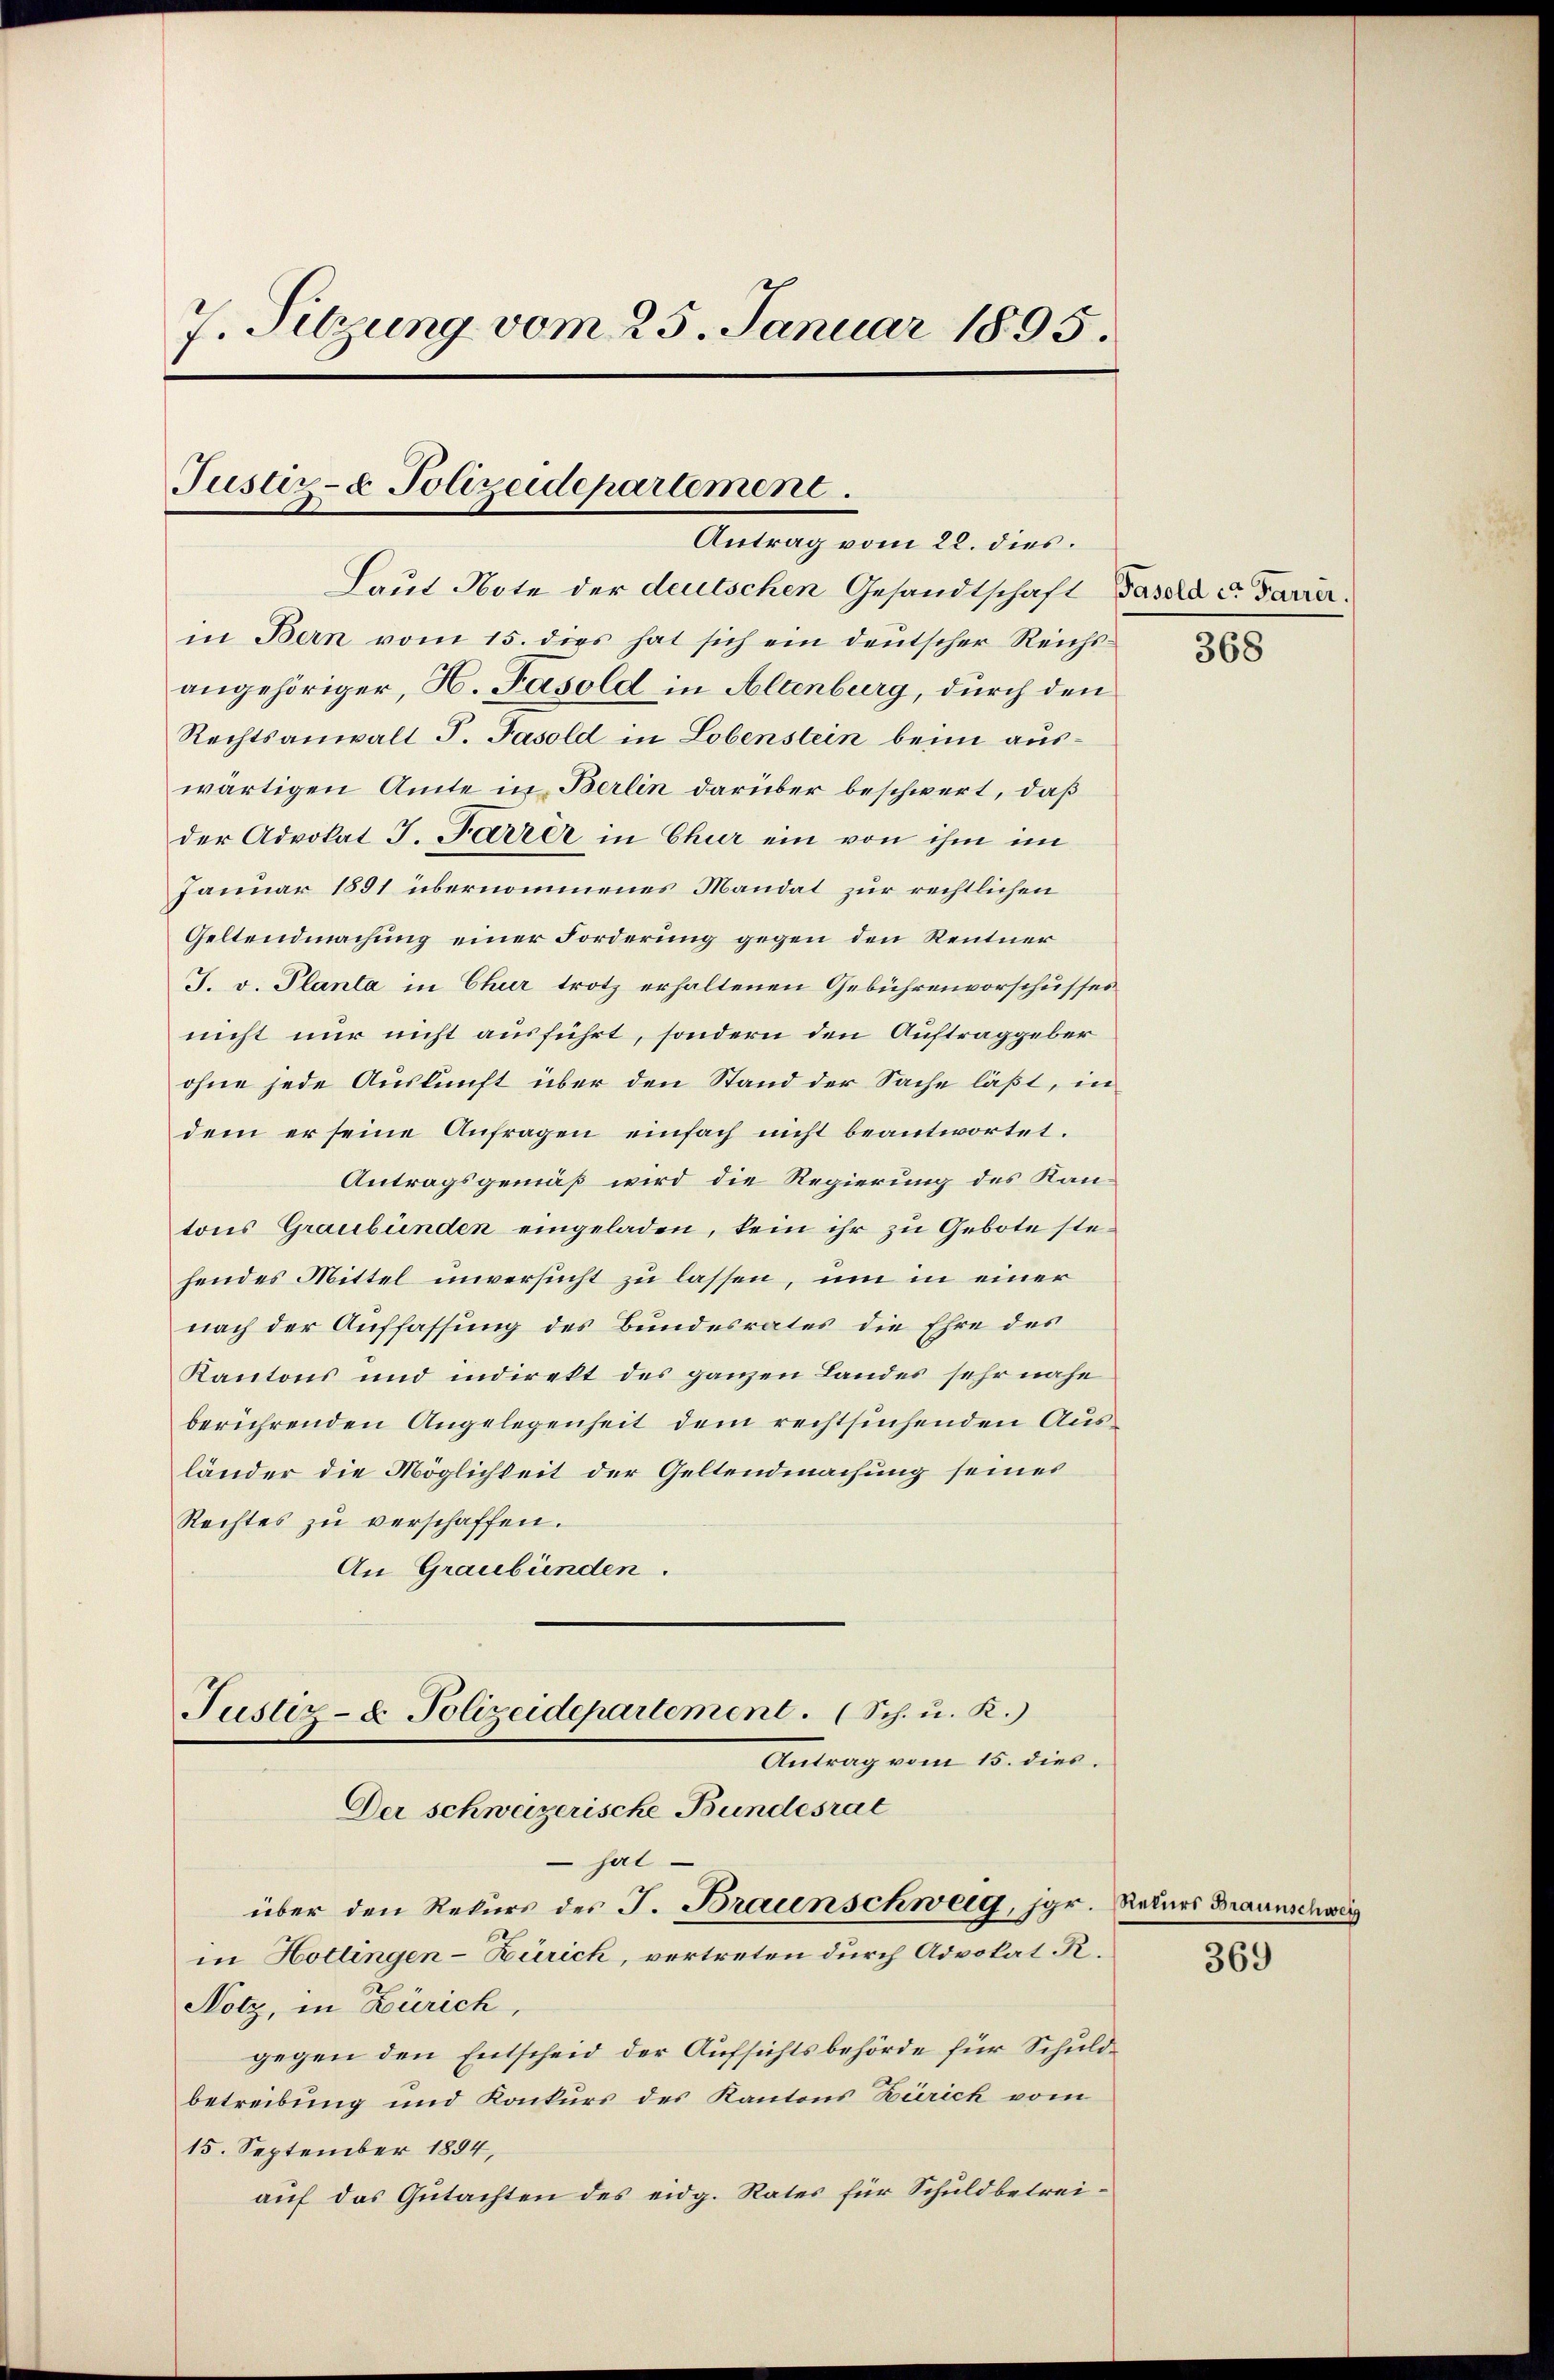
7. Sitzung vom 25. Januar 1895.
Justiz- & Polizeidepartement.
Antrag vom 22. dies
Laut Note der deutschen Gesandtschaft Basera c. Parrer.
in Bern vom 15. dies hat sich ein deutscher Reichs-

angehöriger, H. Fasold in Altenburg, durch den
Rechtsanwalt P. Fasold in Lobenstein beim auswärtigen Amte in Berlin darüber beschwert, daß
der Advokat J. Farrer in Chur ein von ihm im
Januar 1891 übernommenes Mandat zur rechtlichen
Geltendmachung einer Forderung gegen den Rentner
J. v. Planta in Chur trotz erhaltenen Gebührenvorschusses
nicht nur nicht ausführt, sondern den Auftraggeber
ohne jede Auskunft über den Stand der Sache läßt, in
dem er seine Anfragen einfach nicht beantwortet.
Antragsgemäß wird die Regierung des Kantons Graubünden eingeladen, kein ihr zu Gebote stehendes Mittel unversucht zu lassen, um in einer
nach der Auffassung des Bundesrates die Ehre des
Kantons und indirekt des ganzen Landes sehr nahe
berührenden Angelegenheit dem rechtsuchenden Ausländer die Möglichkeit der Geltendmachung seines
Rechtes zu verschaffen.
An Graubünden.
Justiz- & Polizeidepartement. (Sch. u. R.)
Antrag vom 15. dies
Der schweizerische Bundesrat
 hat
über den Rekurs des J. Braunschweig, jgr. Rekurs Braunschweiz
in Hottingen-Zürich, vertreten durch Advokat R.
Notz, in Zürich,
gegen den Entscheid der Aufsichtsbehörde für Schuldbetreibung und Konkurs des Kantons Zürich vom
15. September 1884,
auf das Gutachten des eidg. Rates für Schuldbetrei¬

368

369